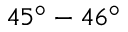
4 5 ^ { \circ } - 4 6 ^ { \circ }